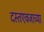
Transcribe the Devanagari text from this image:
दस्तएवजाच्या